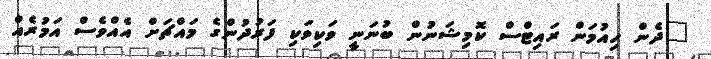
"ދެން ހިއުމަން ރައިޓްސް ކޮމިޝަނުން ބުނަނީ ވަކިވަކި ފަރުދުންގެ މައްޗަށް އެއްވެސް އަމުރެއް